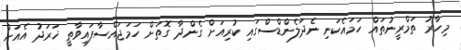
މިހާރު ތަމްރީނުތައް ހަމައެކަނި ނެދަލެންޑްސްގައި ކުރިއަށް ގެންދާ ގޮތަށް ހަމަޖައްސާފައިވާތީ ޚަރަދު އެއަށް